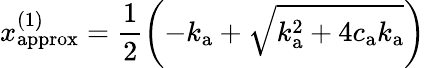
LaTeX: {x_{\mathrm{approx}}^{(1)}=\frac{1}{2}\left(-k_{\mathrm{a}}+\sqrt{k_{\mathrm{a}}^{2}+4c_{\mathrm{a}}k_{\mathrm{a}}}\right)}